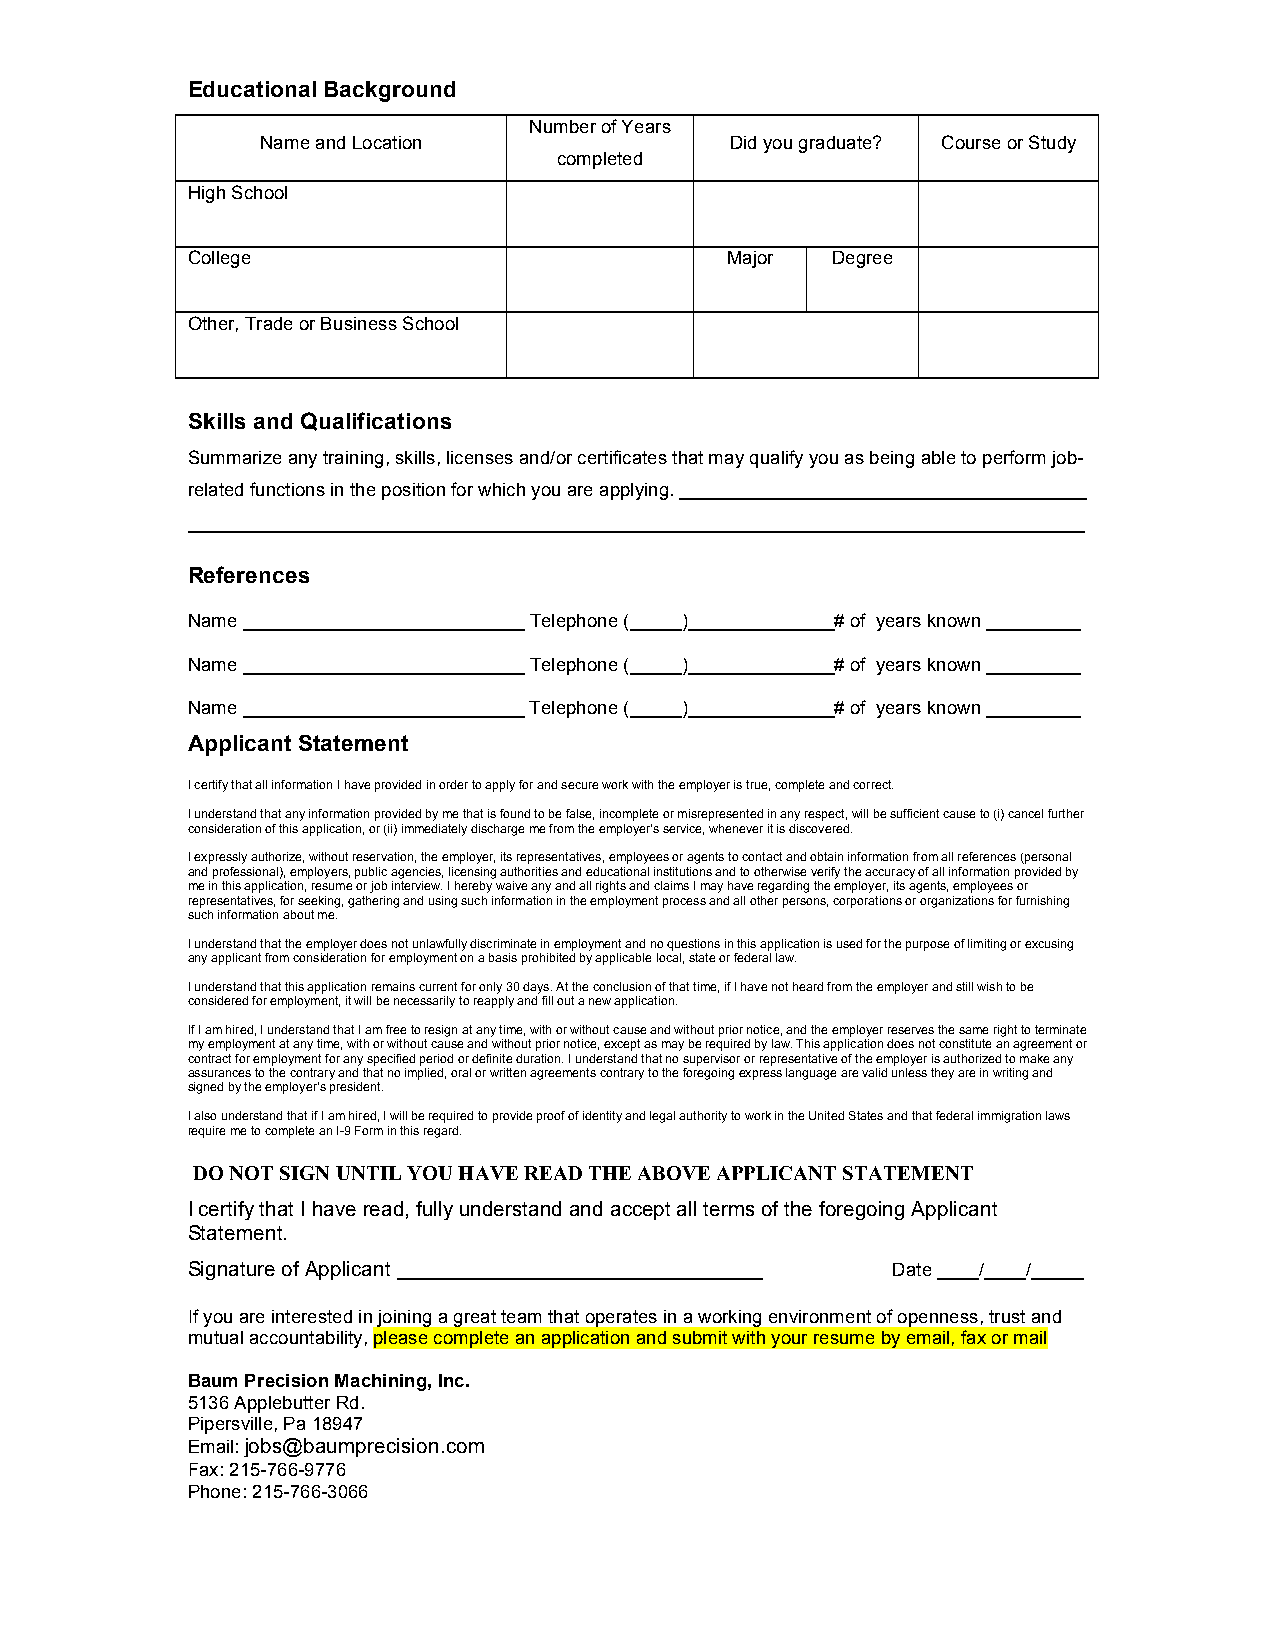
Educational Background
 Number of Years
 Name and Location              Did you graduate? Course or Study
 completed
 High School
 College                             Major  Degree
 Other, Trade or Business School
 Skills and Qualifications
 Summarize any training, skills, licenses and/or certificates that may qualify you as being able to perform job-
 related functions in the position for which you are applying. _______________________________________
 ______________________________________________________________________________________
 References
 Name ___________________________ Telephone (_____)______________# of years known _________
 Name ___________________________ Telephone (_____)______________# of years known _________
 Name ___________________________ Telephone (_____)______________# of years known _________
 Applicant Statement
 I certify that all information I have provided in order to apply for and secure work with the employer is true, complete and correct.
 I understand that any information provided by me that is found to be false, incomplete or misrepresented in any respect, will be sufficient cause to (i) cancel further
 consideration of this application, or (ii) immediately discharge me from the employer’s service, whenever it is discovered.
 .
 I expressly authorize, without reservation, the employer, its representatives, employees or agents to contact and obtain information from all references (personal
 and professional), employers, public agencies, licensing authorities and educational institutions and to otherwise verify the accuracy of all information provided by
 me in this application, resume or job interview. I hereby waive any and all rights and claims I may have regarding the employer, its agents, employees or
 representatives, for seeking, gathering and using such information in the employment process and all other persons, corporations or organizations for furnishing
 such information about me.
 I understand that the employer does not unlawfully discriminate in employment and no questions in this application is used for the purpose of limiting or excusing
 any applicant from consideration for employment on a basis prohibited by applicable local, state or federal law.
 I understand that this application remains current for only 30 days. At the conclusion of that time, if I have not heard from the employer and still wish to be
 considered for employment, it will be necessarily to reapply and fill out a new application.
 If I am hired, I understand that I am free to resign at any time, with or without cause and without prior notice, and the employer reserves the same right to terminate
 my employment at any time, with or without cause and without prior notice, except as may be required by law. This application does not constitute an agreement or
 contract for employment for any specified period or definite duration. I understand that no supervisor or representative of the employer is authorized to make any
 assurances to the contrary and that no implied, oral or written agreements contrary to the foregoing express language are valid unless they are in writing and
 signed by the employer’s president.
 I also understand that if I am hired, I will be required to provide proof of identity and legal authority to work in the United States and that federal immigration laws
 require me to complete an I-9 Form in this regard.
 DO NOT SIGN UNTIL YOU HAVE READ THE ABOVE APPLICANT STATEMENT
 I certify that I have read, fully understand and accept all terms of the foregoing Applicant
 Statement.
 Signature of Applicant ___________________________________ Date ____/____/_____
 If you are interested in joining a great team that operates in a working environment of openness, trust and
 mutual accountability, please complete an application and submit with your resume by email, fax or mail
 Baum Precision Machining, Inc.
 5136 Applebutter Rd.
 Pipersville, Pa 18947
 Email: jobs@baumprecision.com
 Fax: 215-766-9776
 Phone: 215-766-3066